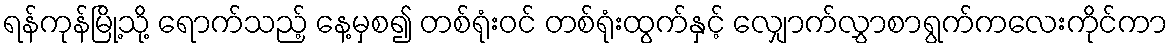
ရန်ကုန်မြို့သို့ ရောက်သည့် နေ့မှစ၍ တစ်ရုံးဝင် တစ်ရုံးထွက်နှင့် လျှောက်လွှာစာရွက်ကလေးကိုင်ကာ